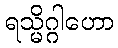
ရသ္မိဂ္ဂါဟော